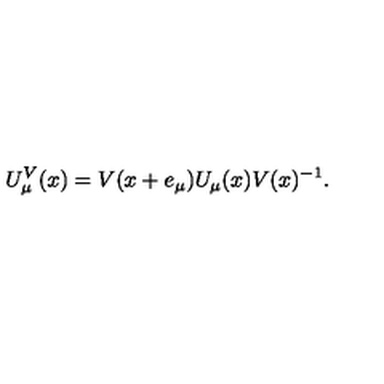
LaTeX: U _ { \mu } ^ { V } ( x ) = V ( x + e _ { \mu } ) U _ { \mu } ( x ) V ( x ) ^ { - 1 } .